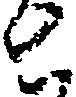
と